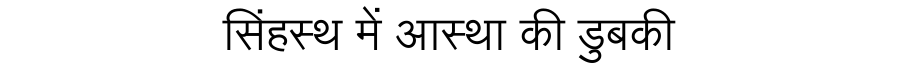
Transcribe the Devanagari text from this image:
सिंहस्थ में आस्था की डुबकी